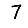
Digit: 7